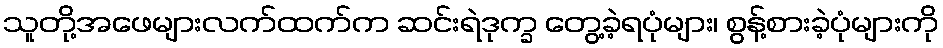
သူတို့အဖေများလက်ထက်က ဆင်းရဲဒုက္ခ တွေ့ခဲ့ရပုံများ၊ စွန့်စားခဲ့ပုံများကို